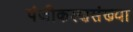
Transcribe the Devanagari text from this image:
पंजीकरणसंख्या